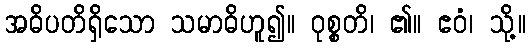
အဓိပတိရှိသော သမာဓိဟူ၍။ ဝုစ္စတိ၊ ၏။ ဧဝံ၊ သို့။